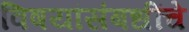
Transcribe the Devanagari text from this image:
विषयांसंबधींचे